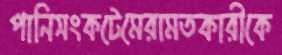
পানিসংকটেমেরামতকারীকে